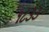
૧૮૩૩